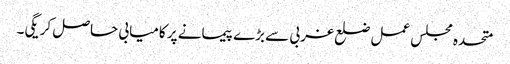
متحدہ مجلس عمل ضلع غربی سے بڑے پیمانے پر کامیابی حاصل کریگی۔